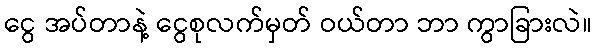
ငွေ အပ်တာနဲ့ ငွေစုလက်မှတ် ဝယ်တာ ဘာ ကွာခြားလဲ။